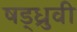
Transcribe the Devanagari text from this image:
षड्ध्रुवी